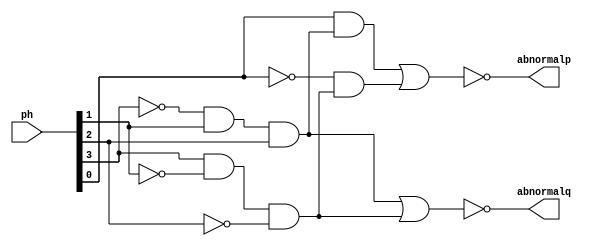
`timescale 1ns / 1ps
`default_nettype none

/*
**********************************************************
** Logic Design Final Project Fall, 2019 Semester
** Amirkabir University of Technology (Tehran Polytechnic)
** Department of Computer Engineering (CEIT-AUT)
** Logic Circuit Design Laboratory
** https://ceit.aut.ac.ir
**********************************************************
** Student ID: XXXXXXX
** Student ID: XXXXXXX
**********************************************************
** Module Name:
**********************************************************
** Additional Comments:
*/

module BloodPHAnalyzer(ph,abnormalp,abnormalq);
input [3:0]ph;
output abnormalp,abnormalq;
wire wn0,wn1,wn2,wn3,wa0,wa1,wa2,wa3,wo0,wo1;
not a(wn3,ph[3]);
not b(wn2,ph[2]);
not c(wn1,ph[1]);
not d(wn0,ph[0]);
and a0(wa0,wn3,ph[1],ph[2]);
and a1(wa1,ph[3],wn1,wn2);
and a2(wa2,ph[0],wa0);
and a3(wa3,wn0,wa1);
nor o0(abnormalq,wa0,wa1);
nor o1(abnormalp,wa2,wa3);

endmodule